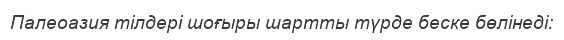
Палеоазия тілдері шоғыры шартты түрде беске бөлінеді: